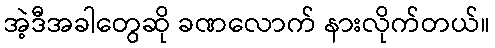
အဲ့ဒီအခါတွေဆို ခဏလောက် နားလိုက်တယ်။